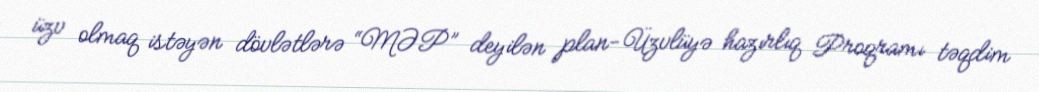
üzv olmaq istəyən dövlətlərə “MƏP” deyilən plan-Üzvlüyə hazırlıq Proqramı təqdim